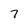
Character: 7